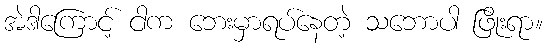
အဲဒါကြောင့် ငါက ဘေးမှာရပ်နေတဲ့ သဘောပါ ဖြိုးရာ။